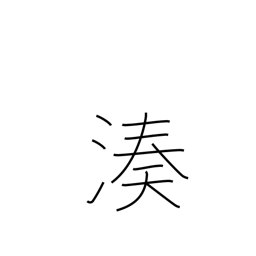
Meaning: port